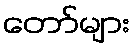
တော်များ